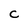
Character: C